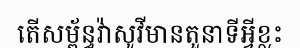
តើសម្ព័ន្ធវ៉ាសូវីមានតួនាទីអ្វីខ្លះ